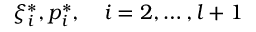
{ \xi } _ { i } ^ { \ast } , { p } _ { i } ^ { \ast } , \quad i = 2 , \dots , l + 1